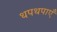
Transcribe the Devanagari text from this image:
थपथपाएँ